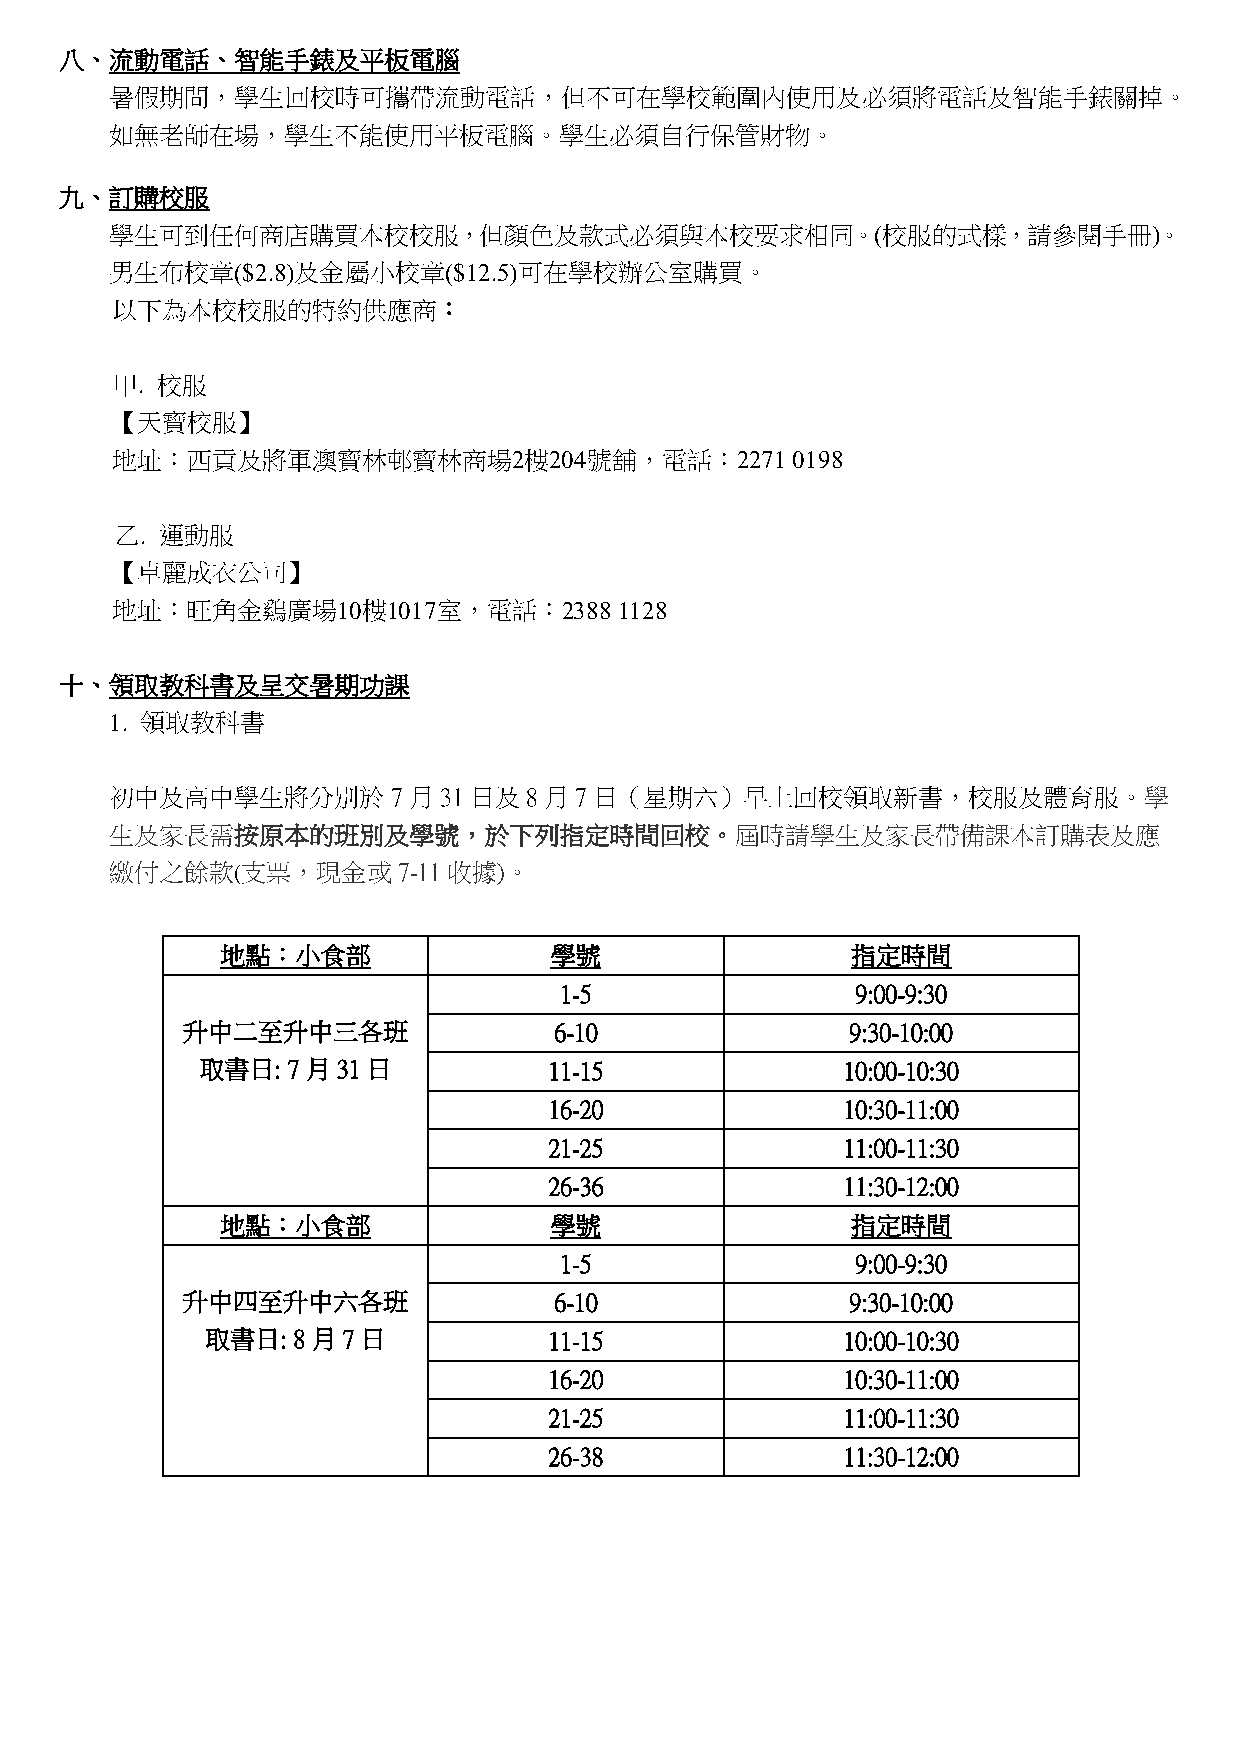
八、流動電話、智能手錶及平板電腦
 暑假期間，學生回校時可攜帶流動電話，但不可在學校範圍內使用及必須將電話及智能手錶關掉。
 如無老師在場，學生不能使用平板電腦。學生必須自行保管財物。
 九、訂購校服
 學生可到任何商店購買本校校服，但顏色及款式必須與本校要求相同。(校服的式樣，請參閱手冊)。
 男生布校章($2.8)及金屬小校章($12.5)可在學校辦公室購買。
 以下為本校校服的特約供應商：
 甲. 校服
 【天寶校服】
 地址：西貢及將軍澳寶林邨寶林商場2樓204號舖，電話：2271              0198
 乙. 運動服
 【卓麗成衣公司】
 地址：旺角金鷄廣場10樓1017室，電話：2388         1128
 十、領取教科書及呈交暑期功課
 1. 領取教科書
 初中及高中學生將分別於        7月31 日及8月7日（星期六）早上回校領取新書，校服及體育服。學
 生及家長需按原本的班別及學號，於下列指定時間回校。屆時請學生及家長帶備課本訂購表及應
 繳付之餘款(支票，現金或       7-11收據)。
 地點：小食部               學號                  指定時間
 1-5                 9:00-9:30
 升中二至升中三各班                6-10               9:30-10:00
 取書日:  7月31日            11-15               10:00-10:30
 16-20               10:30-11:00
 21-25               11:00-11:30
 26-36               11:30-12:00
 地點：小食部               學號                  指定時間
 1-5                 9:00-9:30
 升中四至升中六各班                6-10               9:30-10:00
 取書日: 8月7日             11-15               10:00-10:30
 16-20               10:30-11:00
 21-25               11:00-11:30
 26-38               11:30-12:00